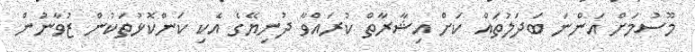
މޫސުމަށް އަންނަ ބަދަލުތައް ކަށް އިޝާރާތް ކުރައްވާ ދުނިޔޭގެ އެކި ކަންކޮޅުތަކުން ޒުވާނުން